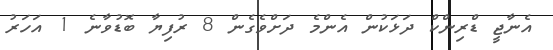
އެނާޖީ ޑްރިންކް ދަޅަކުން އެންމެ ދަށްވެގެން 8 ރުފިޔާ ބޮޑުވާނެ 1 އަހަރު